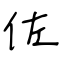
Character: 佐